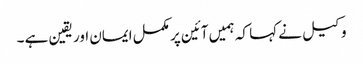
وکیل نے کہا کہ ہمیں آئین پر مکمل ایمان اور یقین ہے ۔